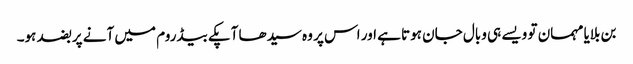
بن بلایا مہمان تو ویسے ہی وبال جان ہوتا ہے اور اس پر وہ سیدھا آپکے بیڈروم میں آنے پر بضد ہو۔